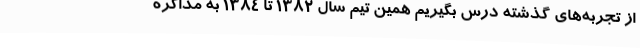
از تجربه‌های گذشته درس بگیریم همین تیم سال 1382 تا 1384 به مذاکره